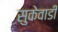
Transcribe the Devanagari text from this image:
सुकेवाडी